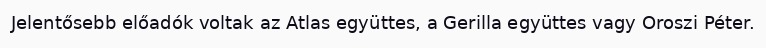
Jelentősebb előadók voltak az Atlas együttes, a Gerilla együttes vagy Oroszi Péter.